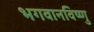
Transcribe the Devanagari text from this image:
भगवानविष्णु